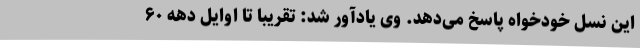
این نسل خودخواه پاسخ می‌دهد. وی یادآور شد: تقریبا تا اوایل دهه ۶۰